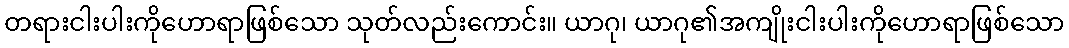
တရားငါးပါးကိုဟောရာဖြစ်သော သုတ်လည်းကောင်း။ ယာဂု၊ ယာဂု၏အကျိုးငါးပါးကိုဟောရာဖြစ်သော